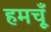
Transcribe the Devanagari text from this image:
हमचूँ